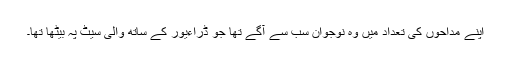
اپنے مداحوں کی تعداد میں وہ نوجوان سب سے آگے تھا جو ڈراءیور کے ساتھ والی سیٹ پہ بیٹھا تھا۔